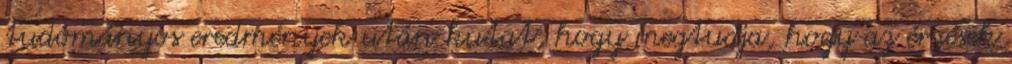
tudományos eredmények után kutat, hogy megtudja, hogy az érzések